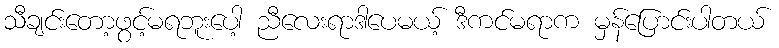
သီချင်းတော့ဖွင့်မရဘူးပေါ့ ညီလေးရာဒါပေမယ့် ဒီကင်မရာက မှန်ပြောင်းပါတယ်